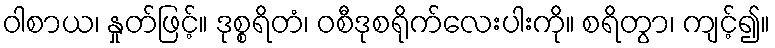
ဝါစာယ၊ နှုတ်ဖြင့်။ ဒုစ္စရိတံ၊ ဝစီဒုစရိုက်လေးပါးကို။ စရိတွာ၊ ကျင့်၍။